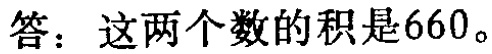
答：这两个数的积是660。